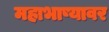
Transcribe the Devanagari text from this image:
महाभाष्यावर